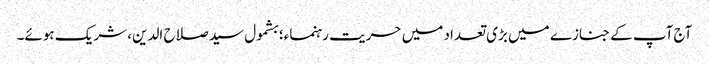
آج آپ کے جنازے میں بڑی تعداد میں حریت رہنماء؛ بشمول سید صلاح الدین، شریک ہوئے۔